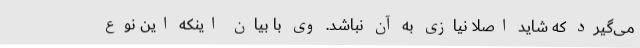
می‌گیرد که شاید اصلا نیازی به آن نباشد. وی با بیان اینکه این نوع